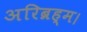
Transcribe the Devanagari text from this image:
अरिब्रह्म।